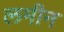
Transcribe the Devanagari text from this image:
लमीन